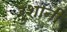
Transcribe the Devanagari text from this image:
रुशानी